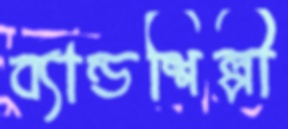
ব্যান্ডশিল্পী